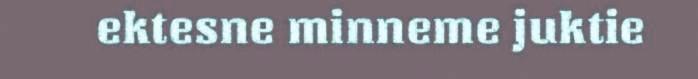
ektesne minneme juktie